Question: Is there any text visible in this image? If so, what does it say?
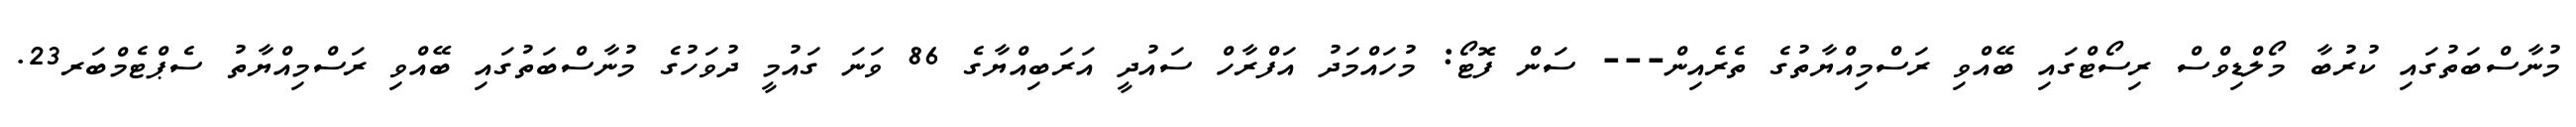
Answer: މުނާސްބަތުގައި ކުރުބާ މޯލްޑިވްސް ރިސޯޓްގައި ބޭއްވި ރަސްމިއްޔާތުގެ ތެރެއިން--- ސަން ފޮޓޯ: މުހައްމަދު އަފްރާހް ސައުދީ އަރަބިއްޔާގެ 86 ވަނަ ގައުމީ ދުވަހުގެ މުނާސްބަތުގައި ބޭއްވި ރަސްމިއްޔާތު ސެޕްޓެމްބަރ23.